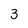
Character: 3